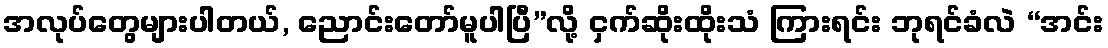
အလုပ်တွေများပါတယ်, ညောင်းတော်မူပါပြီ”လို့ ငှက်ဆိုးထိုးသံ ကြားရင်း ဘုရင်ခံလဲ “အင်း